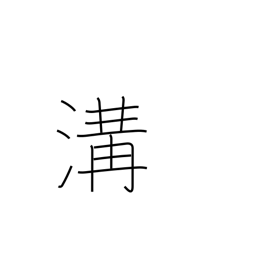
Meaning: sewer